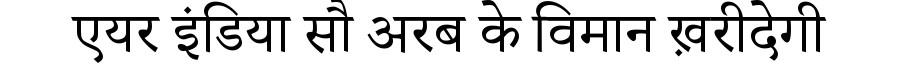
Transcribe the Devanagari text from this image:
एयर इंडिया सौ अरब के विमान ख़रीदेगी